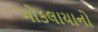
મોકલાયાનો